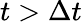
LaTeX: t>\Delta t